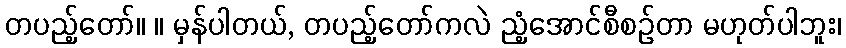
တပည့်တော်။ ။ မှန်ပါတယ်, တပည့်တော်ကလဲ ညံ့အောင်စီစဉ်တာ မဟုတ်ပါဘူး၊